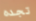
تجده